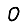
Digit: 0